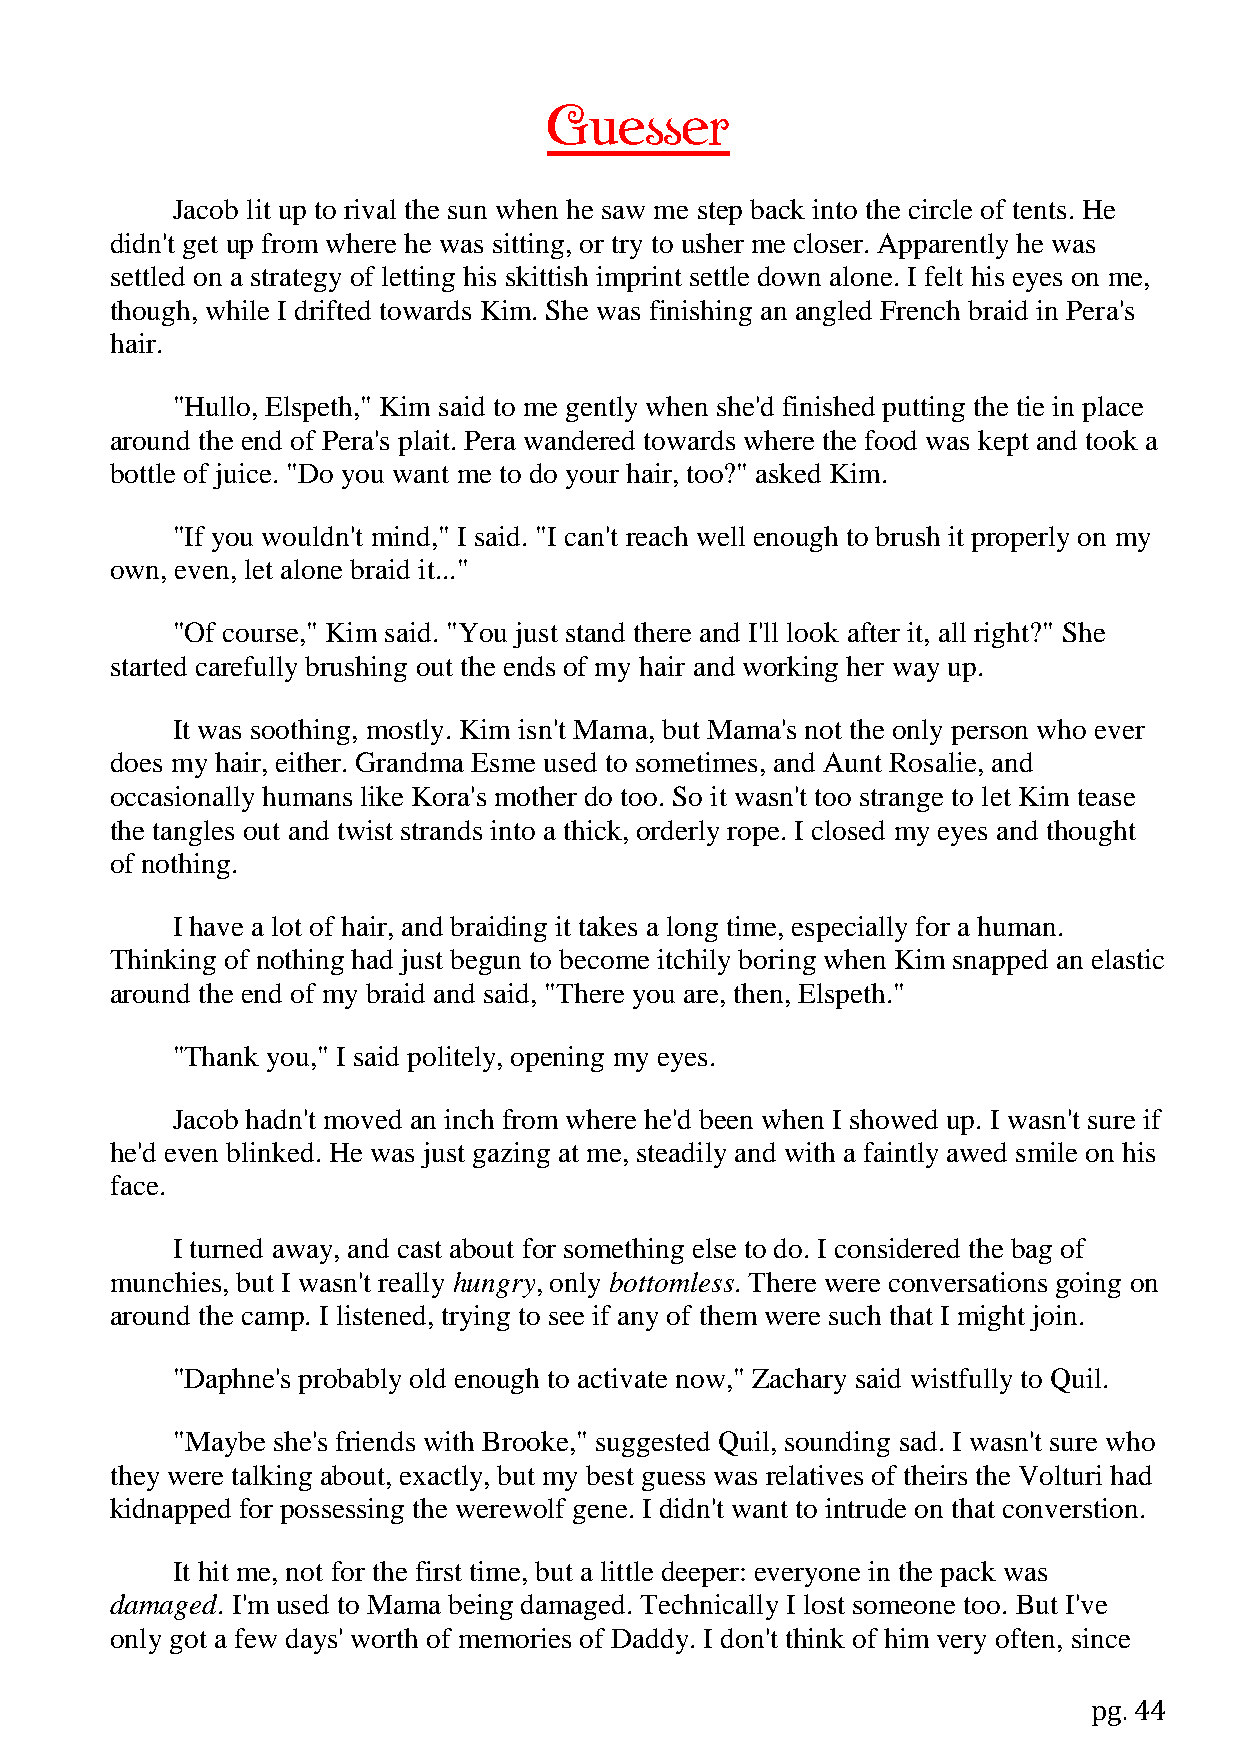
Guesser
 Jacob lit up to rival the sun when he saw me step back into the circle of tents. He
 didn't get up from where he was sitting, or try to usher me closer. Apparently he was
 settled on a strategy of letting his skittish imprint settle down alone. I felt his eyes on me,
 though, while I drifted towards Kim. She was finishing an angled French braid in Pera's
 hair.
 "Hullo, Elspeth," Kim said to me gently when she'd finished putting the tie in place
 around the end of Pera's plait. Pera wandered towards where the food was kept and took a
 bottle of juice. "Do you want me to do your hair, too?" asked Kim.
 "If you wouldn't mind," I said. "I can't reach well enough to brush it properly on my
 own, even, let alone braid it..."
 "Of course," Kim said. "You just stand there and I'll look after it, all right?" She
 started carefully brushing out the ends of my hair and working her way up.
 It was soothing, mostly. Kim isn't Mama, but Mama's not the only person who ever
 does my hair, either. Grandma Esme used to sometimes, and Aunt Rosalie, and
 occasionally humans like Kora's mother do too. So it wasn't too strange to let Kim tease
 the tangles out and twist strands into a thick, orderly rope. I closed my eyes and thought
 of nothing.
 I have a lot of hair, and braiding it takes a long time, especially for a human.
 Thinking of nothing had just begun to become itchily boring when Kim snapped an elastic
 around the end of my braid and said, "There you are, then, Elspeth."
 "Thank you," I said politely, opening my eyes.
 Jacob hadn't moved an inch from where he'd been when I showed up. I wasn't sure if
 he'd even blinked. He was just gazing at me, steadily and with a faintly awed smile on his
 face.
 I turned away, and cast about for something else to do. I considered the bag of
 munchies, but I wasn't really hungry, only bottomless. There were conversations going on
 around the camp. I listened, trying to see if any of them were such that I might join.
 "Daphne's probably old enough to activate now," Zachary said wistfully to Quil.
 "Maybe she's friends with Brooke," suggested Quil, sounding sad. I wasn't sure who
 they were talking about, exactly, but my best guess was relatives of theirs the Volturi had
 kidnapped for possessing the werewolf gene. I didn't want to intrude on that converstion.
 It hit me, not for the first time, but a little deeper: everyone in the pack was
 damaged. I'm used to Mama being damaged. Technically I lost someone too. But I've
 only got a few days' worth of memories of Daddy. I don't think of him very often, since
 pg. 44